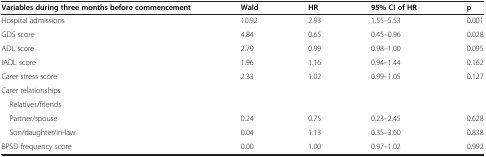
| Variables during three months before commencement | Wald | HR | 95% CI of HR | p |
 | --- | --- | --- | --- | --- |
 | Hospital admissions | 10.92 | 2.93 | 1.55–5.53 | 0.001 |
 | GDS score | 4.84 | 0.65 | 0.45–0.96 | 0.028 |
 | ADL score | 2.79 | 0.99 | 0.98–1.00 | 0.095 |
 | IADL score | 1.96 | 1.16 | 0.94–1.44 | 0.162 |
 | Carer stress score | 2.33 | 1.02 | 0.99–1.05 | 0.127 |
 | Carer relationships |  |  |  |  |
 | Relatives/friends |  |  |  |  |
 | Partner/spouse | 0.24 | 0.75 | 0.23–2.45 | 0.628 |
 | Son/daughter/in-law | 0.04 | 1.13 | 0.35–3.60 | 0.838 |
 | BPSD frequency score | 0.00 | 1.00 | 0.97–1.02 | 0.992 |